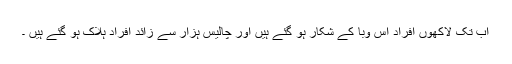
اب تک لاکھوں افراد اس وبا کے شکار ہو گئے ہیں اور چالیس ہزار سے زائد افراد ہلاک ہو گئے ہیں ۔